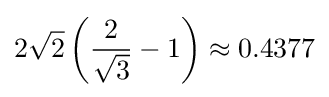
2{\sqrt {2}}\left({\frac {2}{\sqrt {3}}}-1\right)\approx 0.4377